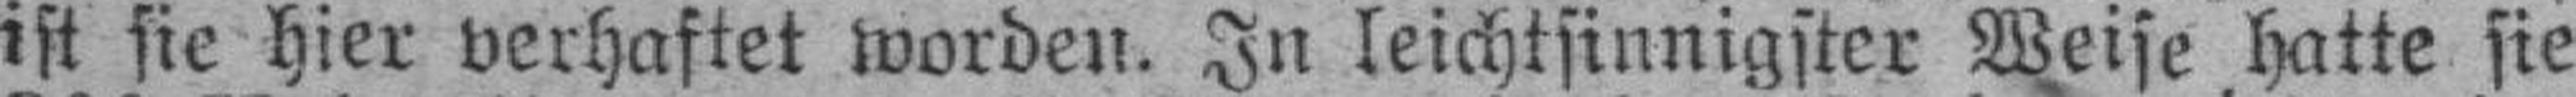
ist sie hier verhaftet worden. In leichtsinnigster Weise hatte sie